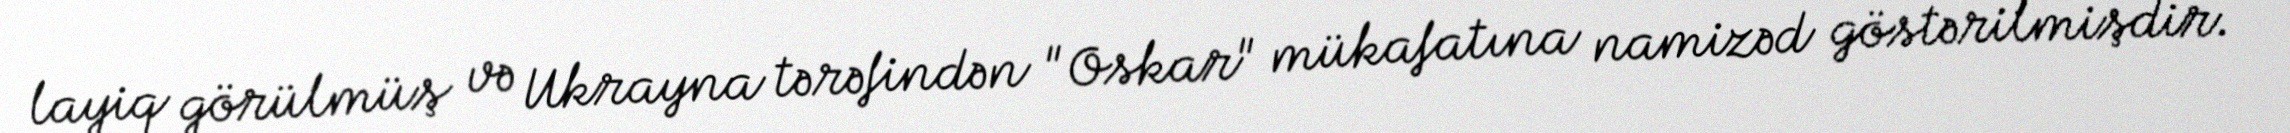
layiq görülmüş və Ukrayna tərəfindən "Oskar" mükafatına namizəd göstərilmişdir.